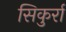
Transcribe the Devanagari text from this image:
सिकुर्रा